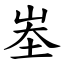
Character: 峚